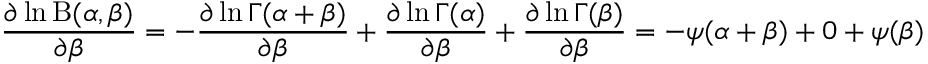
{ \frac { \partial \ln \mathrm { B } ( \alpha , \beta ) } { \partial \beta } } = - { \frac { \partial \ln \Gamma ( \alpha + \beta ) } { \partial \beta } } + { \frac { \partial \ln \Gamma ( \alpha ) } { \partial \beta } } + { \frac { \partial \ln \Gamma ( \beta ) } { \partial \beta } } = - \psi ( \alpha + \beta ) + 0 + \psi ( \beta )